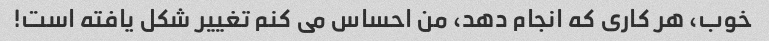
خوب، هر کاری که انجام دهد، من احساس می کنم تغییر شکل یافته است!